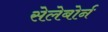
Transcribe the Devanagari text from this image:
सेलेबोर्न